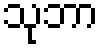
သုဘာ